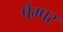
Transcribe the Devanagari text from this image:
पैम्पर